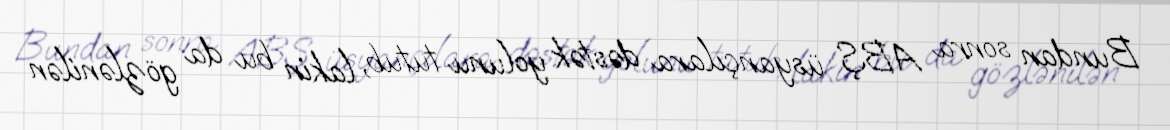
Bundan sonra ABŞ üsyançılara dəstək yolunu tutub, lakin bu da gözlənilən